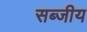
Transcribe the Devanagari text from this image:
सब्जीय